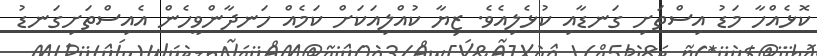
ކޮޅެއްހާ މަޑު އިސްތަށި ގަނޑާއި ކުޅެލިއެވެ. ޒިޔާ ކުއްލިއަކަށް ކަމެއް ހަނދާންވީހެން އެއިސްތަށިގަނޑު